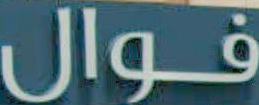
فوال